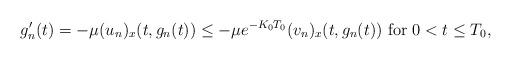
LaTeX: \begin{align*}g_n'(t)=-\mu (u_n)_x(t, g_n(t))\leq -\mu e^{-K_0T_0}(v_n)_x(t, g_n(t)) \mbox{ for } 0<t\leq T_0,\end{align*}